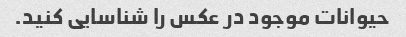
حیوانات موجود در عکس را شناسایی کنید.